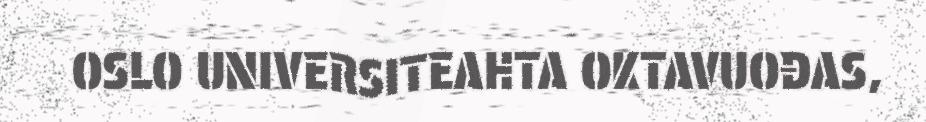
OSLO UNIVERSITEAHTA OKTAVUOĐAS,